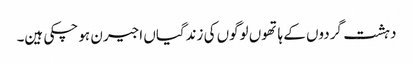
دہشت گردوں کے ہاتھوں لوگوں کی زندگیاں اجیرن ہو چکی ہین۔